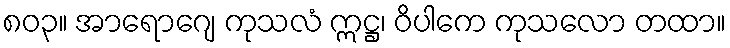
၈၀၃။ အာရောဂျေ ကုသလံ ဣဋ္ဌ၊ ဝိပါကေ ကုသလော တထာ။